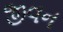
જીવન